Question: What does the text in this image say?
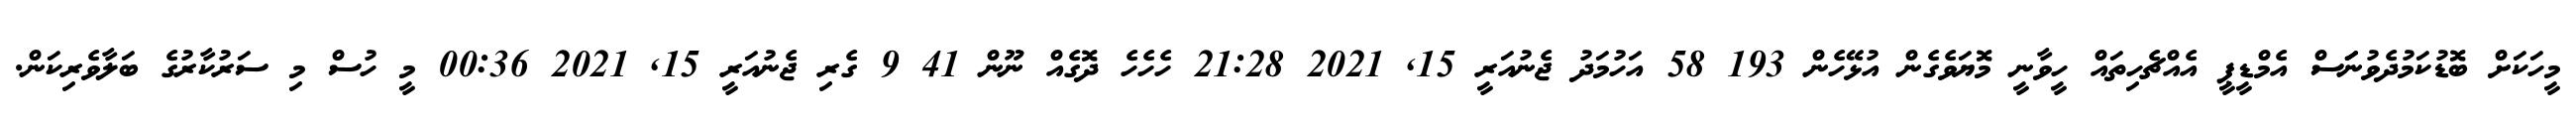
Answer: މީހަކަށް ބޮޑުކަމުދެވުނަަަސް އެމްޑީޕީ އެއްޗެހިތައް ހީވާނީ މޮޔަވެގެން އުޅޭހެން 193 58 އަހުމަދު ޖެނުއަރީ 15, 2021 21:28 ހެހެހެ ދޮގެއް ނޫން 41 9 ގެރި ޖެނުއަރީ 15, 2021 00:36 މީ ހުސް މި ސަރުކާރުގެ ބަލާވެރިކަން.